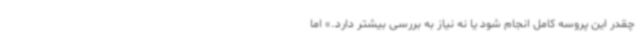
چقدر این پروسه کامل انجام شود یا نه نیاز به بررسی بیشتر دارد.» اما